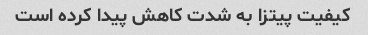
کیفیت پیتزا به شدت کاهش پیدا کرده است